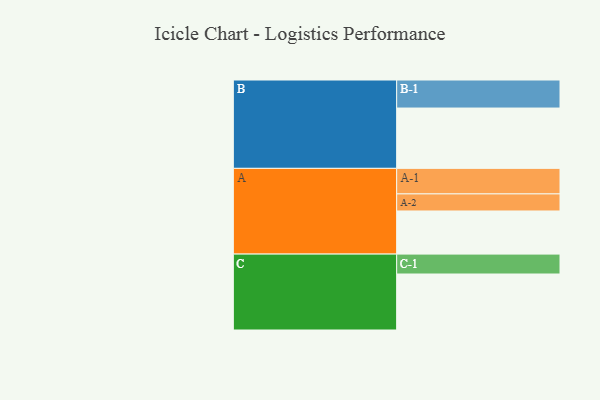
{"axis": {"x": "Segment", "y": "Value"}, "legend": ["", "A", "B", "C"], "data": [{"x": "A", "y": 429, "type": ""}, {"x": "B", "y": 600, "type": ""}, {"x": "C", "y": 557, "type": ""}, {"x": "A-1", "y": 254, "type": "A"}, {"x": "A-2", "y": 170, "type": "A"}, {"x": "B-1", "y": 279, "type": "B"}, {"x": "C-1", "y": 198, "type": "C"}]}